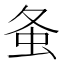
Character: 𧈸